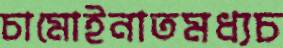
চামোইনাতমধ্যচ